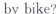
by bike?